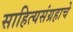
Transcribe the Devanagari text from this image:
साहित्यसंग्रहाचे